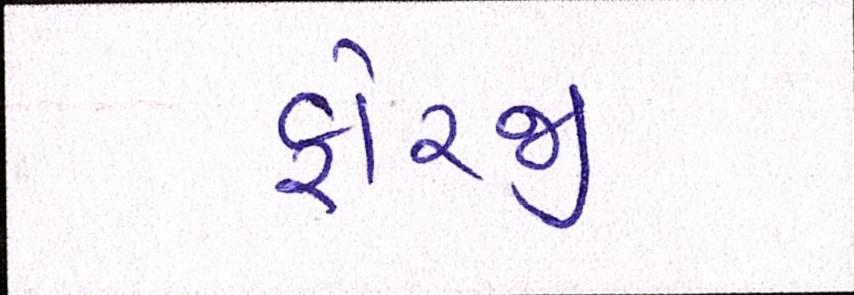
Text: ફોરજી